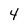
Character: 4